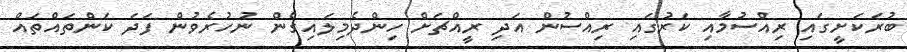
ބުރަކަށީގައި ރިއްސުމާއި ކަރުގައި ރިއްސުން އަދި ރީއްޗަށް ހިންދެމިލައިގެން ނުހުރެވުން ފަދަ ކަންތައްތައް